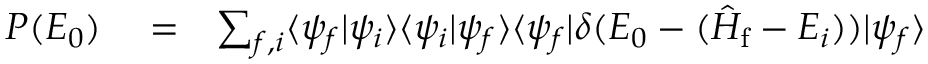
\begin{array} { r l r } { P ( E _ { 0 } ) } & { { } = } & { \sum _ { f , i } \langle \psi _ { f } | \psi _ { i } \rangle \langle \psi _ { i } | \psi _ { f } \rangle \langle \psi _ { f } | \delta ( E _ { 0 } - ( \hat { H } _ { \mathrm { f } } - E _ { i } ) ) | \psi _ { f } \rangle } \end{array}